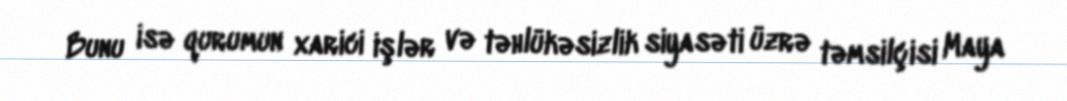
Bunu isə qurumun xarici işlər və təhlükəsizlik siyasəti üzrə təmsilçisi Maya